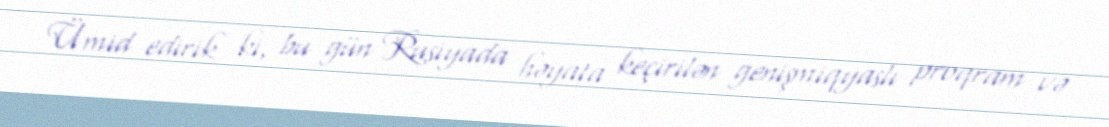
Ümid edirik ki, bu gün Rusiyada həyata keçirilən genişmiqyaslı proqram və